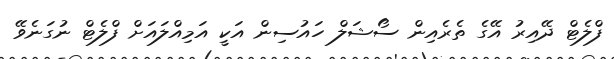
ފްލެޓް ދޭއިރު އޭގެ ތެރެއިން ސޯޝަލް ހައުސިން އަކީ އަމިއްލައަށް ފްލެޓް ނުގަނެވޭ